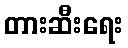
တားဆီးရေး